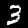
Label: 3